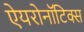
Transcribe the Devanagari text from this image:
ऐयरोनॉटिक्स